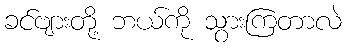
ခင်ဗျားတို့ ဘယ်ကို သွားကြတာလဲ